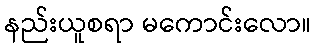
နည်းယူစရာ မကောင်းလော။